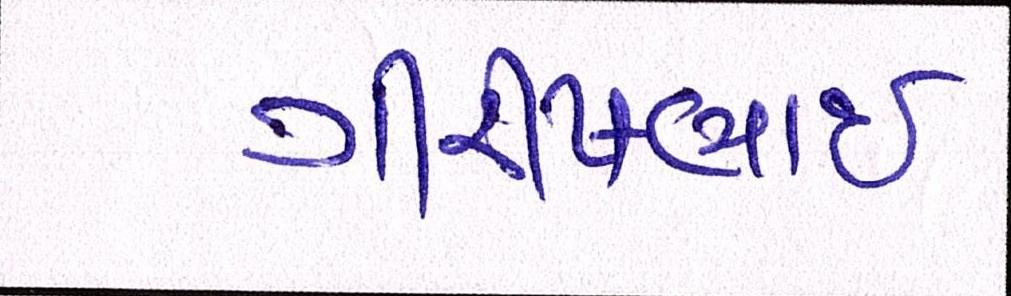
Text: ગીરીષભાઈ